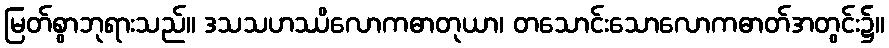
မြတ်စွာဘုရားသည်။ ဒသသဟဿိလောကဓာတုယာ၊ တသောင်းသောလောကဓာတ်အတွင်း၌။